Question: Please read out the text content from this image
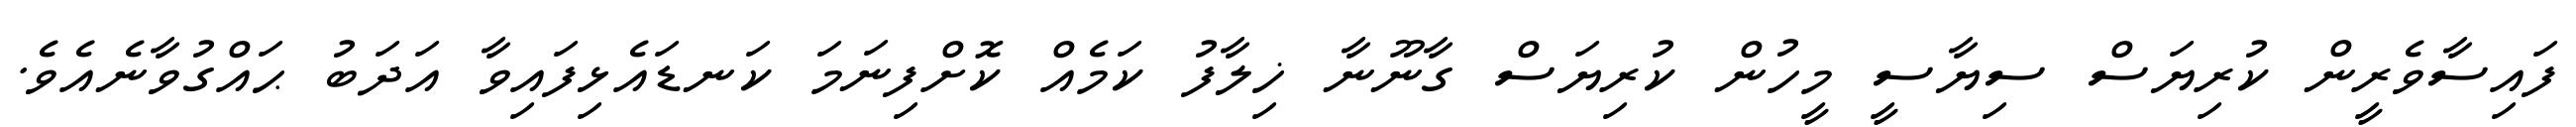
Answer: ފައިސާވެރީން ކުރިޔަސް ސިޔާސީ މީހުން ކުރިޔަސް ގާނޫނާ ޚިލާފު ކަމެއް ކޮށްފިނަމަ ކަނޑައެޅިފައިވާ އަދަބު ޙައްގުވާނެއެވެ.